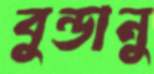
বুন্ডানু